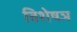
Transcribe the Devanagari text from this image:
विशेषञ